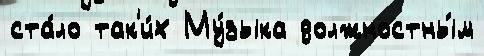
ста́ло так'и́х Му́зыка должностны́м